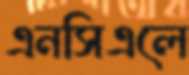
এনসিএলে